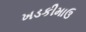
ખડકીમાઉ